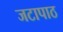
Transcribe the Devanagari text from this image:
जटापाठ